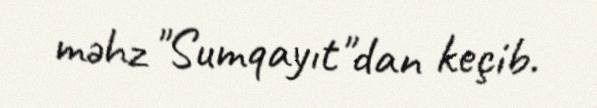
məhz "Sumqayıt"dan keçib.